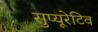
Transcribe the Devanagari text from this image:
सुप्यूरेटिव